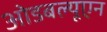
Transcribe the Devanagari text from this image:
ओडबल्यूएन